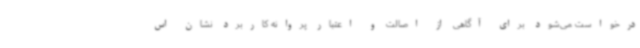
درخواست می‌شود برای آگاهی از اصالت و اعتبار پروانه کاربرد نشان اس